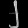
Digit: ၂